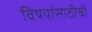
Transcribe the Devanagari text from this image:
विषयांसाठीची